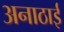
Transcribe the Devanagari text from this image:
अनाठाई